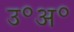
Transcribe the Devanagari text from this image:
उ॰अ॰